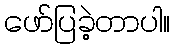
ဖော်ပြခဲ့တာပါ။